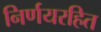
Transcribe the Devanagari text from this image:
निर्णयरहित